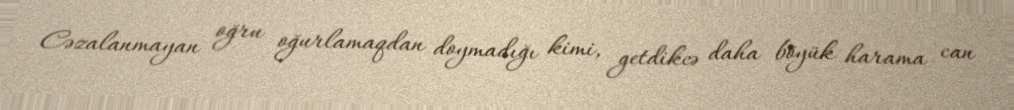
Cəzalanmayan oğru oğurlamaqdan doymadığı kimi, getdikcə daha böyük harama can